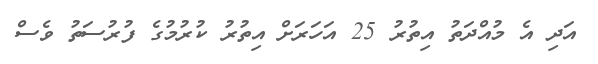
އަދި އެ މުއްދަތު އިތުރު 25 އަހަރަށް އިތުރު ކުރުމުގެ ފުރުސަތު ވެސް